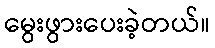
မွေးဖွားပေးခဲ့တယ်။